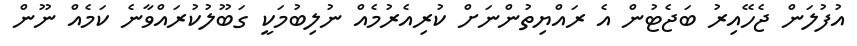
އުފުލަން ޖެހޭއިރު ބަޖެޓުން އެ ރައްޔިތުންނަށް ކުރިއެރުމެއް ނުލިބުމަކީ ގަބޫލުކުރައްވާނެ ކަމެއް ނޫން